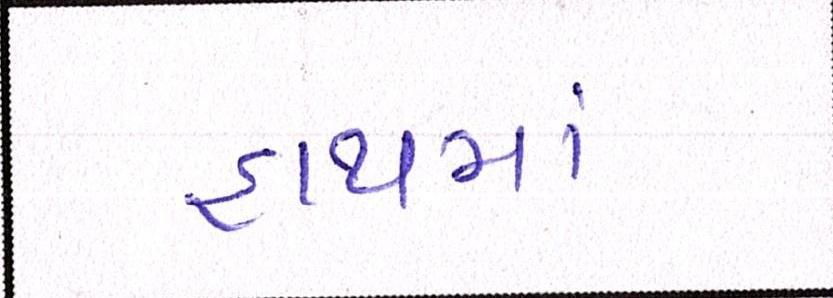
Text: હાથમાં